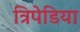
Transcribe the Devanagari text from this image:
त्रिपेडिया